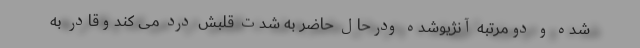
شده و دومرتبه آنژیوشده ودرحال حاضر به شدت قلبش درد می کندوقادر به